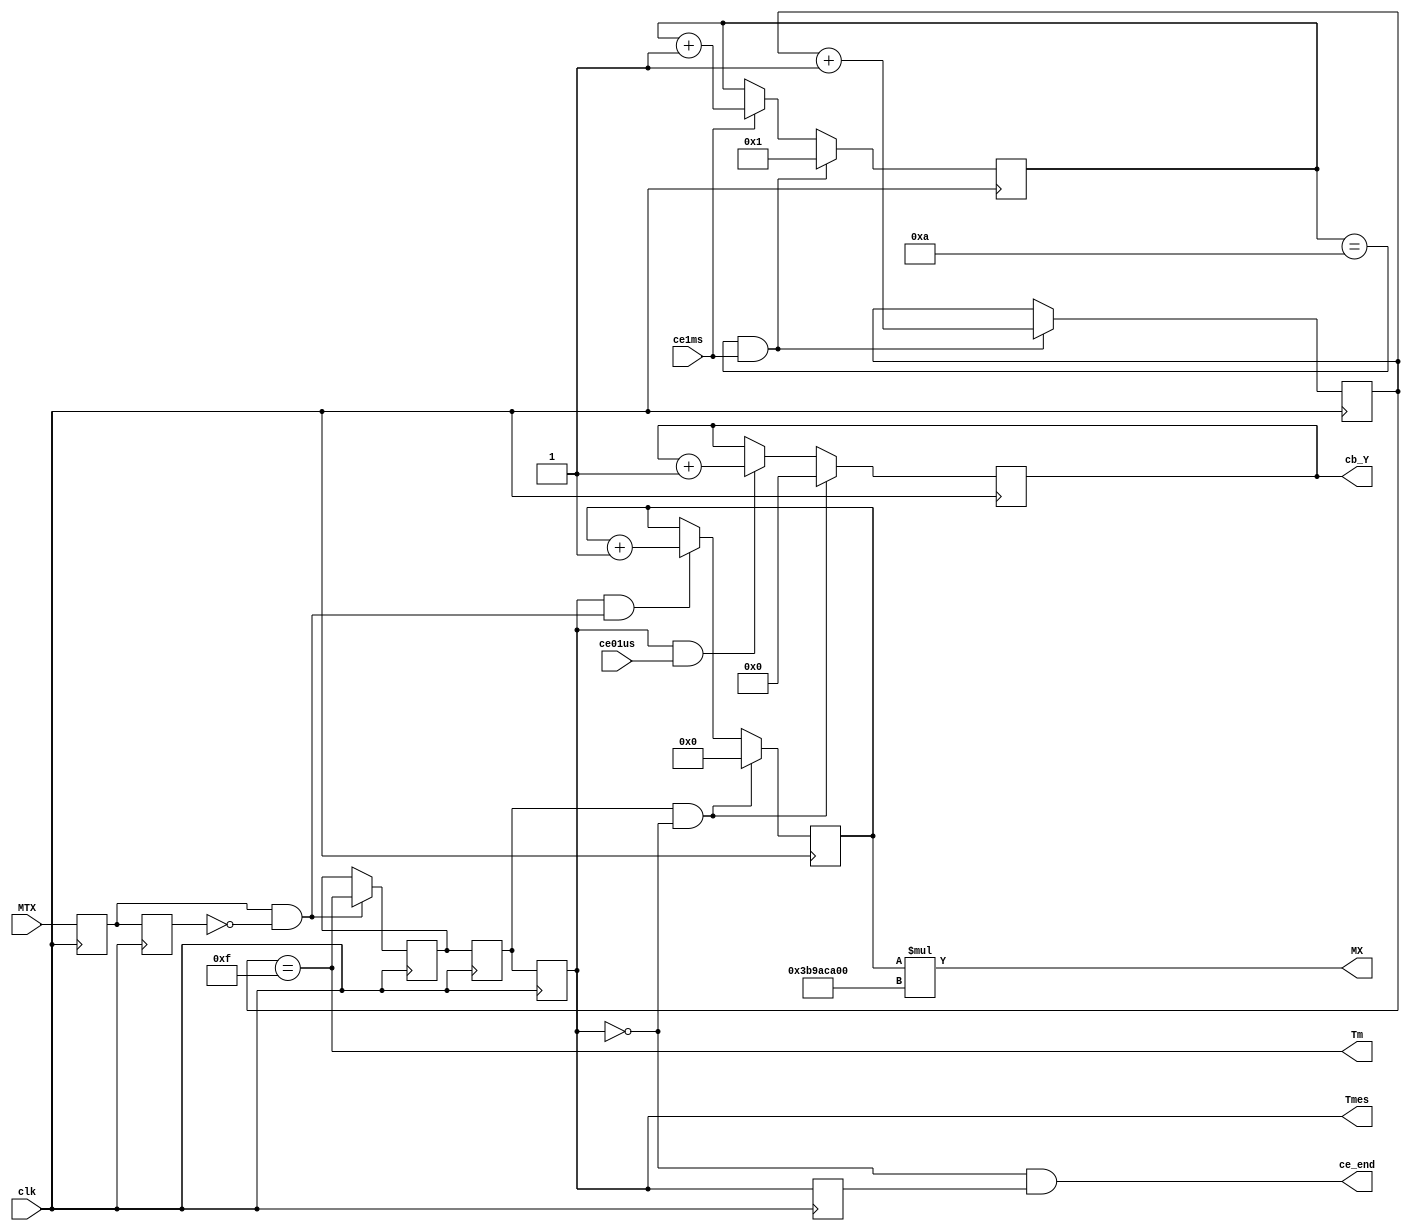
module Mes_F_MTX(input clk,    output ce_end, //  
                 input ce01us, output [39:0] MX,//X*10^9
                 input ce1ms,  output reg [17:0] cb_Y=0,//  . 
                 input MTX,    output wire Tm, //   
                               output wire Tmes); //  MTX  

  reg[3:0]cb_ce =1;
  reg [3:0]cb_Tm=0; //   
  assign Tm =(cb_Tm==15) ; // 10ms,  160ms
  
  reg Tmx=0 ; // X*Tx,   160ms
  wire CO10ms=(cb_ce==10) & ce1ms; // Tm
  reg tTmx=0, ttTmx=0, tttTmx=0 ;
  reg tMTX=0, ttMTX=0 ;
  wire front_MTX = tMTX & !ttMTX ;
  
  assign ce_start = tTmx & !ttTmx ; //  
  assign ce_end =!ttTmx & tttTmx; //  
  assign Tmes = ttTmx ;
  
  reg [9:0] cb_X=0 ;//      Tmes
  assign MX = cb_X*30'h3B9ACA00 ; //X*10^9

  always @ (posedge clk) begin
    cb_Tm <= CO10ms? cb_Tm+1 : cb_Tm ;
    cb_ce <= CO10ms? 1 : ce1ms? cb_ce+1 : cb_ce ; // Tm
    tTmx <= Tmx ; ttTmx <= tTmx ; tttTmx <= ttTmx ; //   
    tMTX <= MTX ; ttMTX <= tMTX ; //   
    cb_X <= ce_start? 0 : (Tmes & front_MTX)? cb_X+1 : cb_X ;
    cb_Y <= ce_start? 0 : (Tmes & ce01us)? cb_Y+1 : cb_Y ;
    Tmx <= front_MTX? Tm : Tmx; //  
  end

endmodule